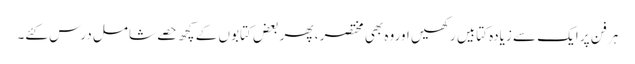
ہر فن پر ایک سے زیادہ کتابیں رکھیں اوروہ بھی مختصر ، پھر بعض کتابوں کے کچھ حصے شامل درس کئے۔